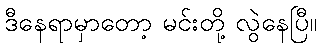
ဒီနေရာမှာတော့ မင်းတို့ လွဲနေပြီ။